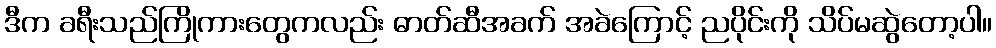
ဒီက ခရီးသည်ကြိုကားတွေကလည်း ဓာတ်ဆီအခက် အခဲကြောင့် ညပိုင်းကို သိပ်မဆွဲတော့ပါ။